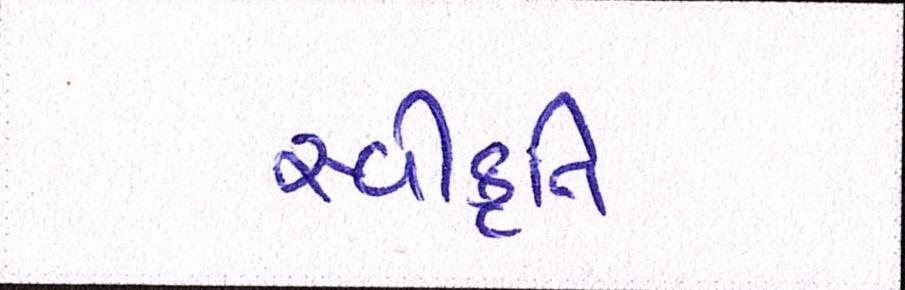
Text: સ્વીકૃતિ